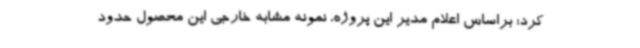
کرد: براساس اعلام مدیر این پروژه، نمونه مشابه خارجی این محصول حدود